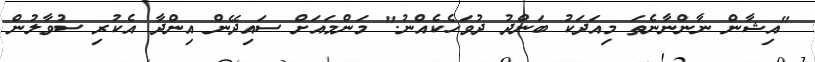
"އިޝާން ނާންނާނެތަ މިއަދަކު ބަންދު ދުވަހެކެއްނު." މަންމައަށް ސައިދޭން އިންދާ އެކުރި ސުވާލުން